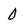
Character: 0